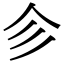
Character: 㐱